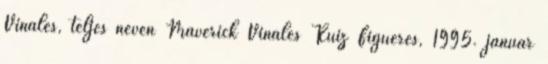
Viñales, teljes nevén Maverick Viñales Ruiz Figueres, 1995. január